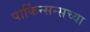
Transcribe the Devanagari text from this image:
पार्किन्सन्सच्या